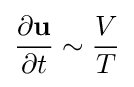
{\frac {\partial \mathbf {u} }{\partial t}}\sim {\frac {V}{T}}